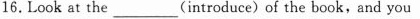
16.Look at the ___ (introduce) of the book,and you